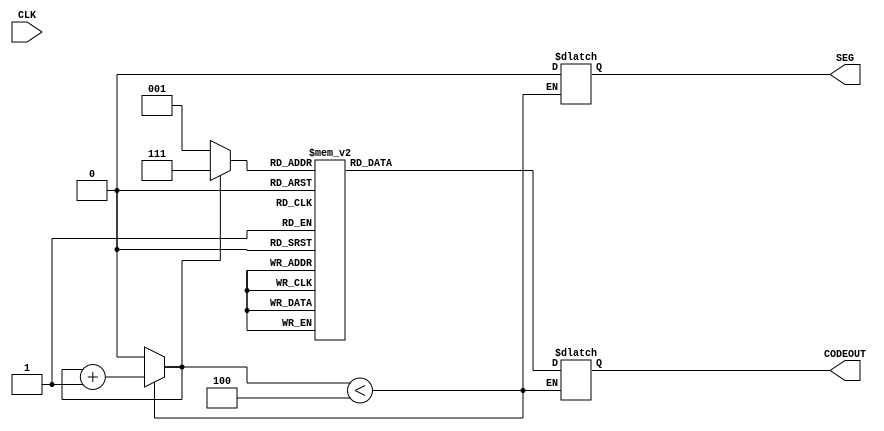
module BCD_7(CLK,CODEOUT,SEG);
input CLK;
output reg [6:0] CODEOUT;   //7
output reg SEG;
reg cnt;
reg [2:0]Q;
initial cnt=0;
always @(CLK)
begin
if(cnt<4)
begin
	case(cnt)
		3'd0: begin Q = 4'd1;	SEG=8'b00001000;	end
		3'd1: begin Q = 4'd7;	SEG=8'b00000100;	end
		3'd2: begin Q = 4'd7;	SEG=8'b00000010;	end
		3'd3: begin Q = 4'd8;	SEG=8'b00000001;	end
	endcase
	case (Q)
		 4'd0 : CODEOUT = 7'b1111110; 
		 4'd1 : CODEOUT = 7'b0110000;
		 4'd2 : CODEOUT = 7'b1101101;
		 4'd3 : CODEOUT = 7'b1111001;
		 4'd4 : CODEOUT = 7'b0110011;
		 4'd5 : CODEOUT = 7'b1011011;
		 4'd6 : CODEOUT = 7'b1011111;
		 4'd7 : CODEOUT = 7'b1110000;
		 4'd8 : CODEOUT = 7'b1111111;
		 4'd9 : CODEOUT = 7'b1111011;
		 default: CODEOUT = 7'bx; 
	endcase
	cnt = cnt+1;
end
else
	cnt = 0;
end
endmodule